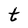
Character: t